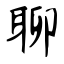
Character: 聊